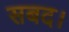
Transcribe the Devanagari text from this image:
सबद।